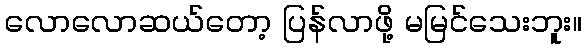
လောလောဆယ်တော့ ပြန်လာဖို့ မမြင်သေးဘူး။